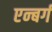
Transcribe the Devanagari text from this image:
एन्बर्ग